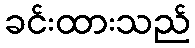
ခင်းထားသည်